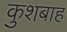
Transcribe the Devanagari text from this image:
कुशबाह